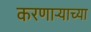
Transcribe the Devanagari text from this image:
करणार्‍याच्या